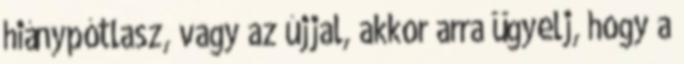
hiánypótlasz, vagy az újjal, akkor arra ügyelj, hogy a